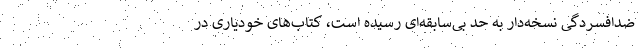
ضدافسردگی نسخه‌دار به حد بی‌سابقه‌ای رسیده است، کتاب‌های خودیاری در